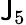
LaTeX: \mathsf{J}_{5}